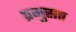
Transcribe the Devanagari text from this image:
प्रभुसत्त